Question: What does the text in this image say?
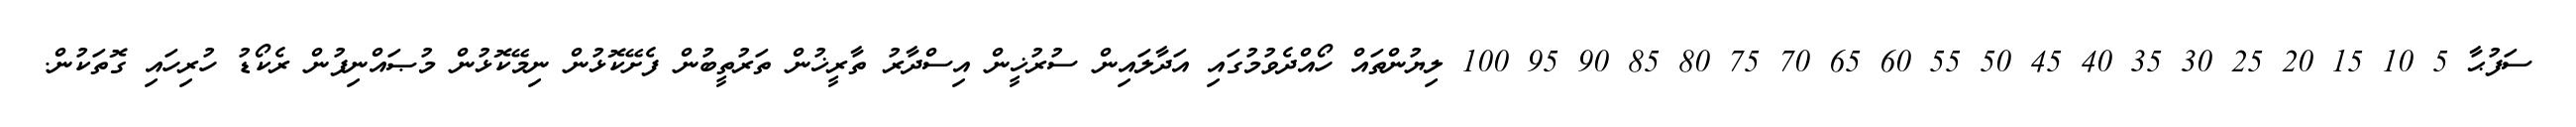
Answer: ސަފުޙާ 5 10 15 20 25 30 35 40 45 50 55 60 65 70 75 80 85 90 95 100 ލިޔުންތައް ހޯއްދެވުމުގައި އަދާލައިން ސުރުޚީން އިސްދާރު ތާރީޚުން ތަރުތީބުން ފެށޭކޮޅުން ނިމޭކޮޅުން މުޞައްނިފުން ރެކޯޑު ހުރިހައި ގޮތަކުން.